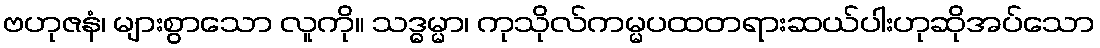
ဗဟုဇနံ၊ များစွာသော လူကို။ သဒ္ဓမ္မာ၊ ကုသိုလ်ကမ္မပထတရားဆယ်ပါးဟုဆိုအပ်သော